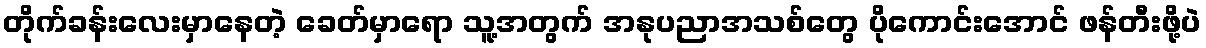
တိုက်ခန်းလေးမှာနေတဲ့ ခေတ်မှာရော သူ့အတွက် အနုပညာအသစ်တွေ ပိုကောင်းအောင် ဖန်တီးဖို့ပဲ